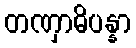
တဏှာဓိပန္နာ